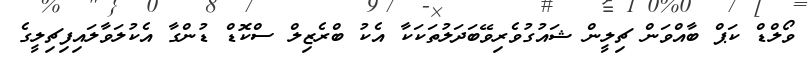
ވޯލްޑް ކަޕް ބާއްވަން ޗިލީން ޝައުގުވެރިވޭބަދަލުތަކަކާ އެކު ބްރެޒިލް ސްކޮޑް ޑުންގާ އެކުލަވާލައިފިޗިލީގެ